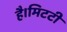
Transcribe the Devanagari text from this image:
है।मिटटी